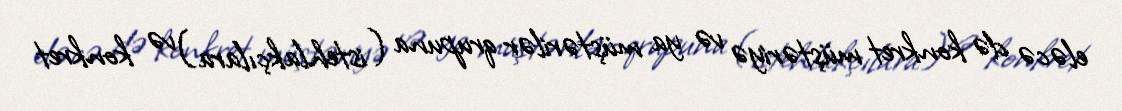
eləcə də konkret müştəriyə və ya müştərilər qrupuna (istehlakçılara) və konkret